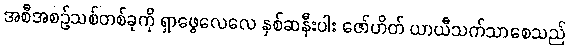
အစီအစဉ်သစ်တစ်ခုကို ရှာဖွေလေလေ နှစ်ဆနီးပါး ဇော်ဟိတ် ယာယီသက်သာစေသည်